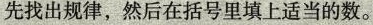
先找出规律，然后在括号里填上适当的数。